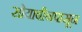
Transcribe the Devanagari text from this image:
सोयाबीनपासून